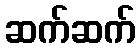
ဆက်ဆက်